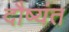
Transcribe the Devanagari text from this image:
दौष्यंत